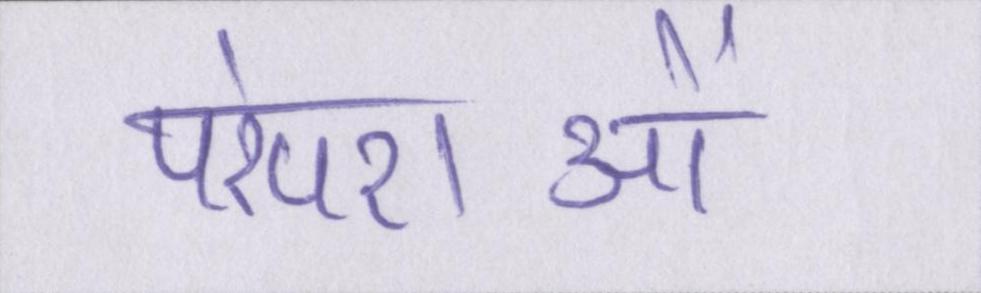
परंपराओं